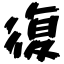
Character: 復